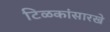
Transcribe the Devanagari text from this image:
टिळकांसारखे